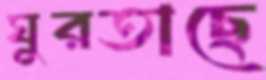
ঘুরতাছে